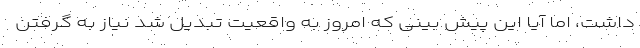
داشت، اما آیا این پیش بینی که امروز به واقعیت تبدیل شد نیاز به گرفتن